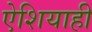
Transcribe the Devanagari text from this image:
ऐशियाही